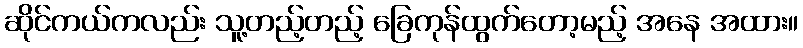
ဆိုင်ကယ်ကလည်း သူ့တည့်တည့် ခြေကုန်ထွက်တော့မည့် အနေ အထား။